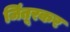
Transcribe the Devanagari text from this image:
जिंतूरकर